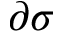
\partial \sigma